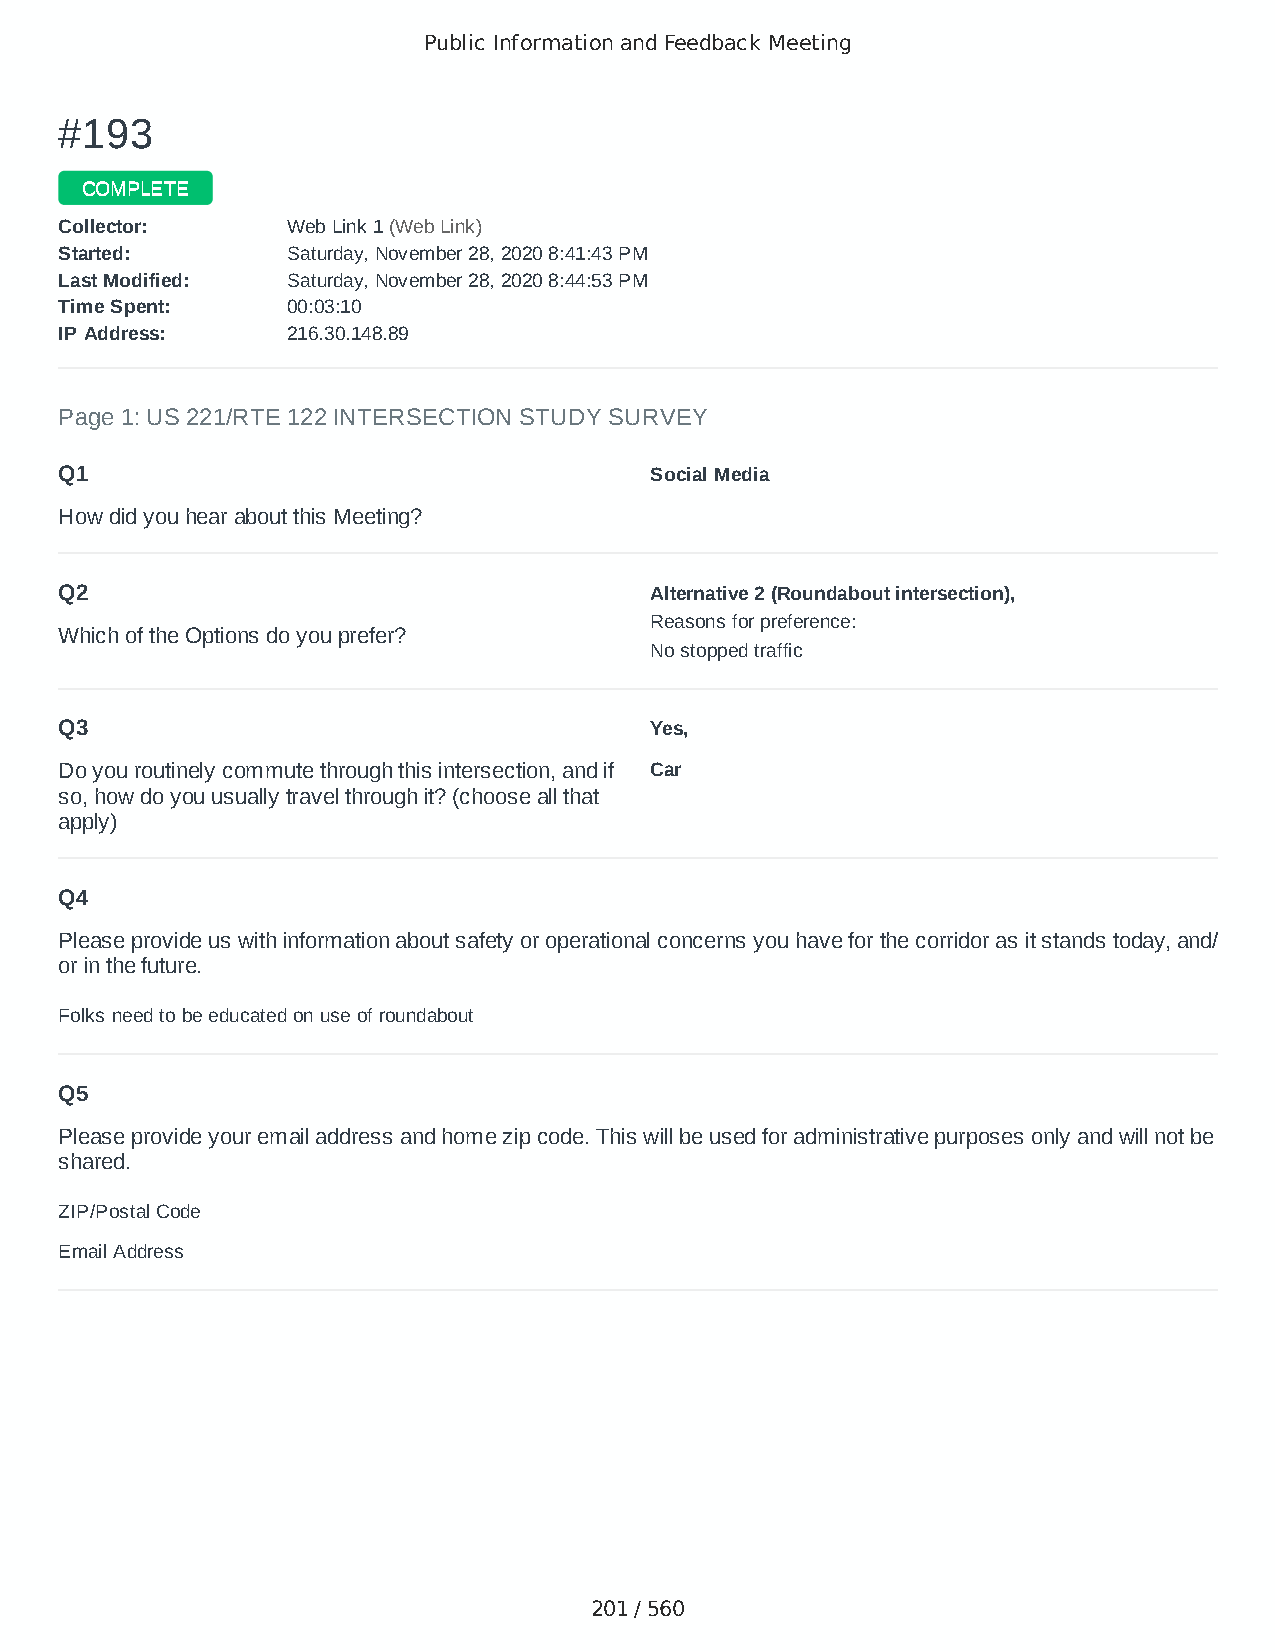
Public Information and Feedback Meeting
 ##119933
 CCOOMMPPLLEETTEE
 CCoolllleeccttoorr:: WWeebb LLiinnkk 11 ((WWeebb LLiinnkk))
 SSttaarrtteedd:: SSaattuurrddaayy,, NNoovveemmbbeerr 2288,, 22002200 88::4411::4433 PPMM
 LLaasstt MMooddiiffiieedd:: SSaattuurrddaayy,, NNoovveemmbbeerr 2288,, 22002200 88::4444::5533 PPMM
 TTiimmee SSppeenntt:: 0000::0033::1100
 IIPP AAddddrreessss:: 221166..3300..114488..8899
 Page 1: US 221/RTE 122 INTERSECTION STUDY SURVEY
 Q1                                     Social Media
 How did you hear about this Meeting?
 Q2                                     Alternative 2 (Roundabout intersection),
 Reasons for preference:
 Which of the Options do you prefer?
 No stopped traffic
 Q3                                     Yes,
 Do you routinely commute through this intersection, and if Car
 so, how do you usually travel through it? (choose all that
 apply)
 Q4
 Please provide us with information about safety or operational concerns you have for the corridor as it stands today, and/
 or in the future.
 Folks need to be educated on use of roundabout
 Q5
 Please provide your email address and home zip code. This will be used for administrative purposes only and will not be
 shared.
 ZIP/Postal Code                        24523
 Email Address                          pamcrawford@live.com
 201 / 560